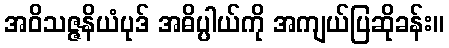
အဝိသဇ္ဇနိယံပုဒ် အဓိပ္ပါယ်ကို အကျယ်ပြဆိုခန်း။